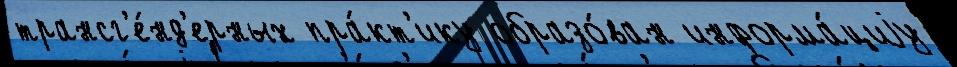
трансг'е́нд'ерных пра́кт'ику образо́ван информа́циjу